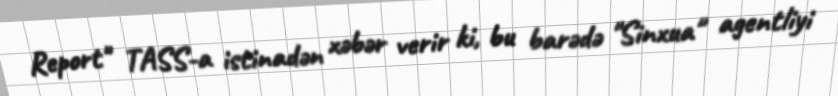
Report" TASS-a istinadən xəbər verir ki, bu barədə "Sinxua" agentliyi